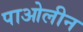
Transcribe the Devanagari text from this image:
पाओलीन